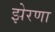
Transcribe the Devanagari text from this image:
झेरणा